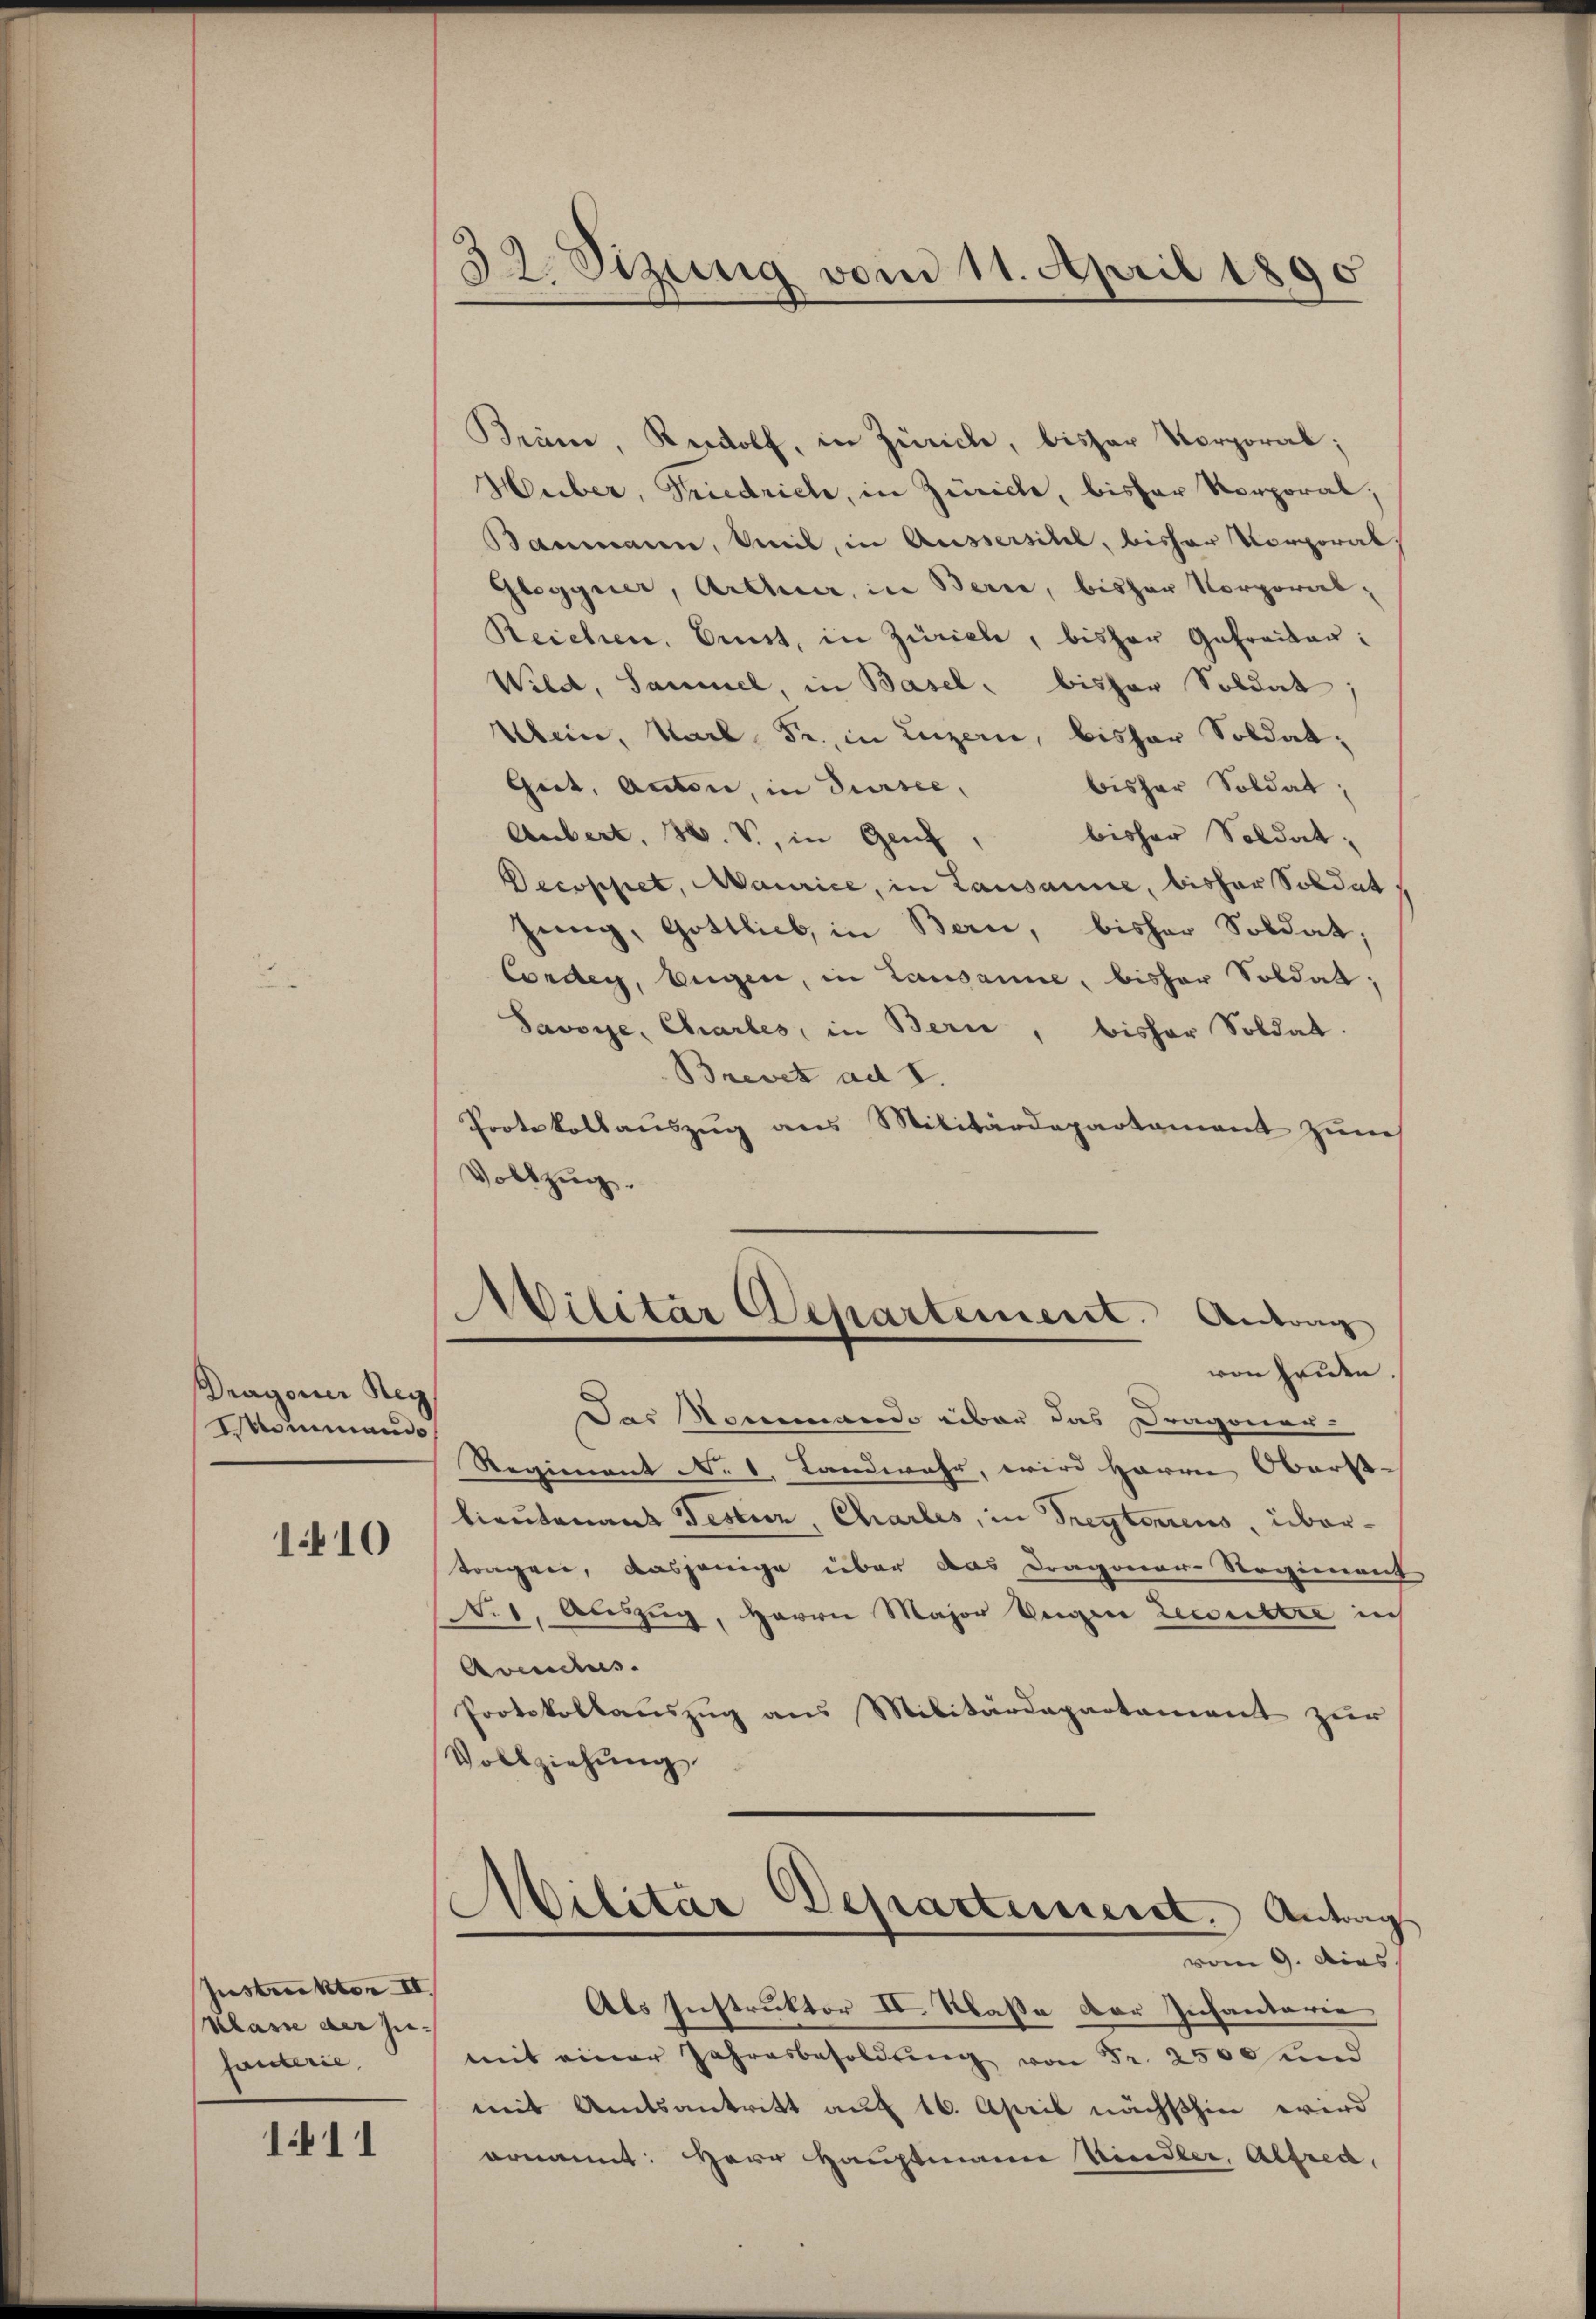
Dragoner Reg
Weinmando

1410

Instrukten II.
Klasse derzufauterie,

1411

32. Sizung vom 11. April 1890

Bräm, Rudolf, in Zürich, bisher Vorporal;
Heiber, Priedrich, in Zürich, bisher Korporal,
Baumann, Mil, in Aussersihl, bisher Vorporal
Glogguer, Arthur, in Bern, bisher Korporal¬
Reichen, Ernst, in Züricle, bisher Gefreiter:
Wild, Sammel, in Basel, bisher Soldat,
Abein, Karl Fr., in Luzern, bisher Soldat,
Guit, Anton, in Sursee,
bisher Soldat,
bisher Soldat
Aubert, H. V., in Genz,
Decoppet, Maurice, in Lausanne, bisher Soldat
jung, Gottlieb, in Bern, bisher Soldat,
Cordes, Eugen, in Lausanne, bisher Soldat,
Savoye, Chartes, in Bern, bisher Soldat.
Brevet ad I.
Protokollauszug aus Militärdepartament zuneh
Vollzug.
Militär Departement. Antrag
von Grien.
Das Seemando über das Dragoner-
Regienant N. 1. Landwahr, wird Herren Oberst- |
lieutenant Festuer, Charles, in Treptierens übertragen, dasjenige über aus Dragoner-Regienent
N. 1, Auszug, Herrn Major Weigen Leccultre in
Avenches
Protokollauszug aus Militärdepartament zur
Vollziehung
Militar Departinerst. Antrag
vom 9. dies
Als Instruktor II. Klasse der Infantarie
mit einer Jahresbesoldung von Fr. 2500 und
mit Amtsantritt auf 16. April nächsthin wird
ornannt: Herr Hauptmann Kindler, Alfred,